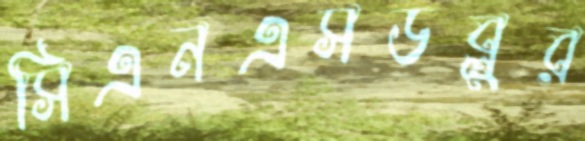
সিএনএসডব্লুর